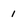
Character: 1